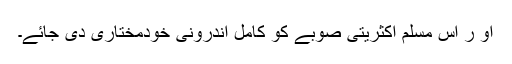
او ر اس مسلم اکثریتی صوبے کو کامل اندرونی خودمختاری دی جائے۔